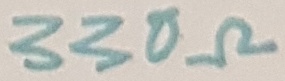
Text: 330Ω